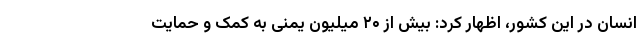
انسان در این کشور، اظهار کرد: بیش از ۲۰ میلیون یمنی به کمک و حمایت